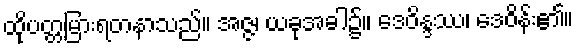
ထိုပတ္တမြားရတနာသည်။ အဇ္ဇ၊ ယခုအခါ၌။ ဒေဝိန္ဒဿ၊ ဒေဝိန်း၏။